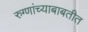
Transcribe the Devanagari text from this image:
रुग्णांच्याबाबतीत